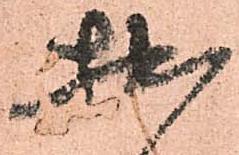
拙